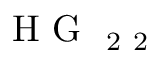
\mathrm { ~ H ~ G ~ } _ { \mathrm { ~ 2 ~ 2 ~ } }